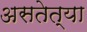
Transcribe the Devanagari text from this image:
असतेत्या